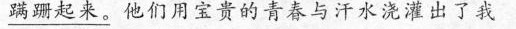
\underline{蹒跚起来。}他们用宝贵的青春与汗水浇灌出了我